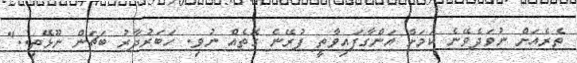
ތެރެއަށް ނުވަދެވޭނެ ކަމަށް އަންގާފައިވާތީ ފުރޭނެ ގޮތެއް ނުވި. ހަބަރުދާރު ބަޗަން ނޫޅޭތި.."